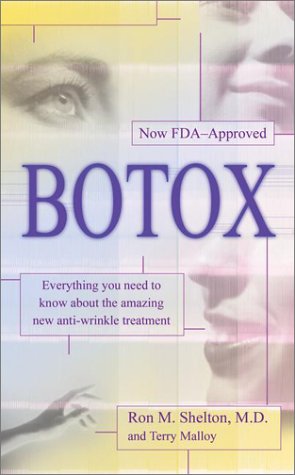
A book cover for Botox; Diane Coffield; Health, Fitness & Dieting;